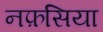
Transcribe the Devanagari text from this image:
नफ़सिया